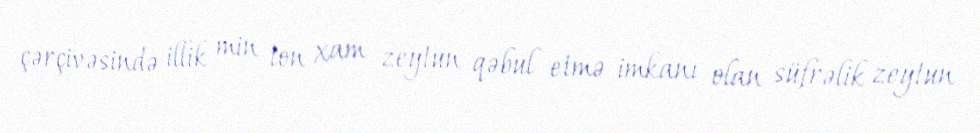
çərçivəsində illik min ton xam zeytun qəbul etmə imkanı olan süfrəlik zeytun